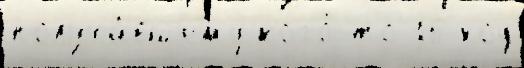
получи́вшему кого́-то 16 код